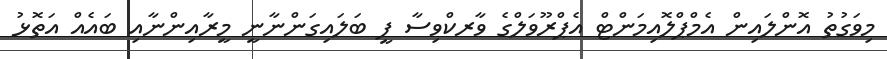
މިވަގުތު އޮންލައިން އެމްޕްލޮއިމަންޓް އެޕްރޫވަލްގެ ވާރކްވިސާ ފީ ބަލައިގަންނާނީ މީރާއިންނާއި ބައެއް އަތޮޅު